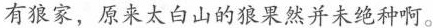
有狼家，原来太白山的狼果然并未绝种啊。